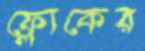
ফ্লোকের